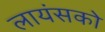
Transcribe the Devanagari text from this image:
लायंसको